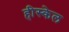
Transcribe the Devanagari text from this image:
हीस्केल